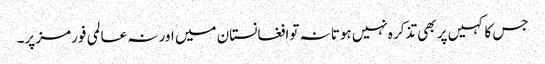
جس کا کہیں پر بھی تذکرہ نہیں ہوتا نہ توافغانستان میں اور نہ عالمی فورمز پر۔